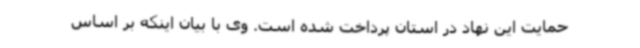
حمایت این نهاد در استان پرداخت شده است. وی با بیان اینکه بر اساس